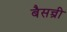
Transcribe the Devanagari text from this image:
बैसन्त्री